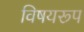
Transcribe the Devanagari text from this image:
विषयरूप